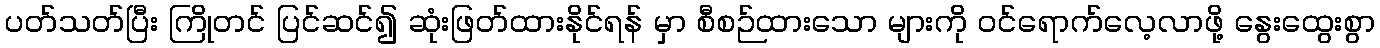
ပတ်သတ်ပြီး ကြိုတင် ပြင်ဆင်၍ ဆုံးဖြတ်ထားနိုင်ရန် မှာ စီစဉ်ထားသော များကို ဝင်ရောက်လေ့လာဖို့ နွေးထွေးစွာ